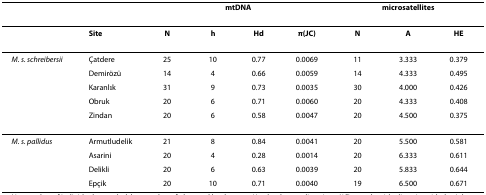
<table><thead><tr><td></td><td></td><td colspan="4"><b>mtDNA</b></td><td colspan="3"><b>microsatellites</b></td></tr></thead><tbody><tr><td></td><td><b>Site</b></td><td><b>N</b></td><td><b>h</b></td><td><b><i>H</i><sub>d</sub></b></td><td><b><i>π</i>(JC)</b></td><td><b>N</b></td><td><b>A</b></td><td><b><i>H</i><sub>E</sub></b></td></tr><tr><td><i>M. s. schreibersii</i></td><td>Çatdere</td><td>25</td><td>10</td><td>0.77</td><td>0.0069</td><td>11</td><td>3.333</td><td>0.379</td></tr><tr><td></td><td>Demirözü</td><td>14</td><td>4</td><td>0.66</td><td>0.0059</td><td>14</td><td>4.333</td><td>0.495</td></tr><tr><td></td><td>Karanlık</td><td>31</td><td>9</td><td>0.73</td><td>0.0035</td><td>30</td><td>4.000</td><td>0.426</td></tr><tr><td></td><td>Obruk</td><td>20</td><td>6</td><td>0.71</td><td>0.0060</td><td>20</td><td>4.333</td><td>0.408</td></tr><tr><td></td><td>Zindan</td><td>20</td><td>6</td><td>0.58</td><td>0.0047</td><td>20</td><td>4.500</td><td>0.375</td></tr><tr><td><i>M. s. pallidus</i></td><td>Armutludelik</td><td>21</td><td>8</td><td>0.84</td><td>0.0041</td><td>20</td><td>5.500</td><td>0.581</td></tr><tr><td></td><td>Asarini</td><td>20</td><td>4</td><td>0.28</td><td>0.0014</td><td>20</td><td>6.333</td><td>0.611</td></tr><tr><td></td><td>Delikli</td><td>20</td><td>6</td><td>0.63</td><td>0.0039</td><td>20</td><td>5.833</td><td>0.644</td></tr><tr><td></td><td>Epçik</td><td>20</td><td>10</td><td>0.71</td><td>0.0040</td><td>19</td><td>6.500</td><td>0.671</td></tr></tbody></table>